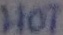
Text: HOT